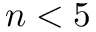
n < 5